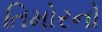
તિમોરનો